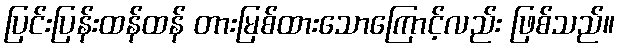
ပြင်းပြန်းထန်ထန် တားမြစ်ထားသောကြောင့်လည်း ဖြစ်သည်။